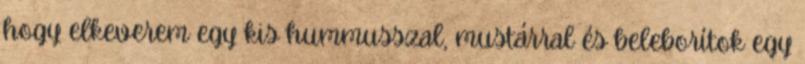
hogy elkeverem egy kis hummusszal, mustárral és beleborítok egy